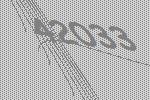
42033